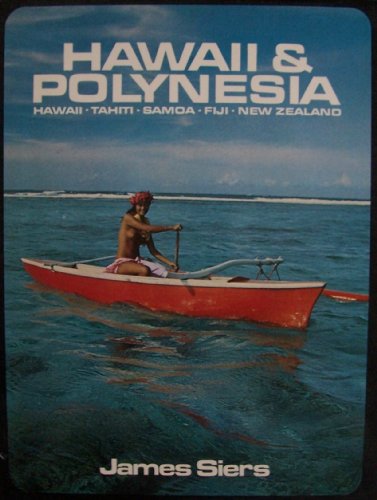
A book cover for Hawaii & Polynesia [ 1973 ] (Hawaii, Tahiti, Samoa, Fiji, New Zealand); James Siers; Travel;